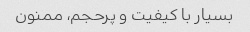
بسیار با کیفیت و پرحجم، ممنون